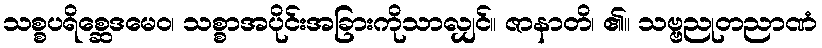
သစ္စပရိစ္ဆေဒမေဝ၊ သစ္စာအပိုင်းအခြားကိုသာလျှင်။ ဇာနာတိ၊ ၏။ သဗ္ဗညုတညာဏံ